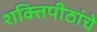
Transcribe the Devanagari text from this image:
शक्तिपीठांचे